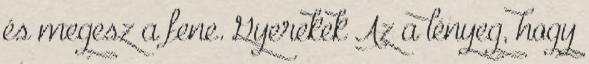
és megesz a fene. Gyerekek Az a lényeg, hogy